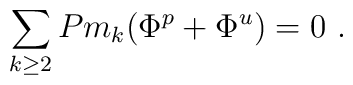
\sum_{k\ge 2}P m_k(\Phi^p+\Phi^u)=0\ .